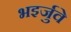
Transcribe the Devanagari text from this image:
भइर्जुवे